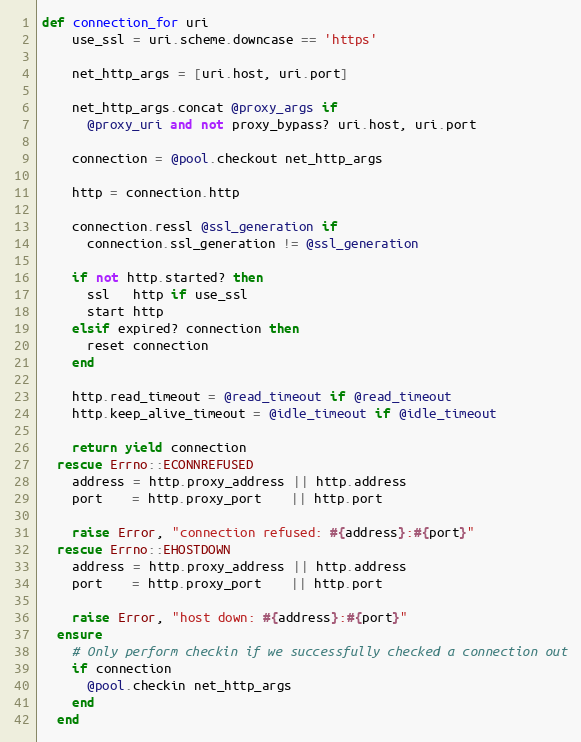
Language: Ruby
def connection_for uri
    use_ssl = uri.scheme.downcase == 'https'

    net_http_args = [uri.host, uri.port]

    net_http_args.concat @proxy_args if
      @proxy_uri and not proxy_bypass? uri.host, uri.port

    connection = @pool.checkout net_http_args

    http = connection.http

    connection.ressl @ssl_generation if
      connection.ssl_generation != @ssl_generation

    if not http.started? then
      ssl   http if use_ssl
      start http
    elsif expired? connection then
      reset connection
    end

    http.read_timeout = @read_timeout if @read_timeout
    http.keep_alive_timeout = @idle_timeout if @idle_timeout

    return yield connection
  rescue Errno::ECONNREFUSED
    address = http.proxy_address || http.address
    port    = http.proxy_port    || http.port

    raise Error, "connection refused: #{address}:#{port}"
  rescue Errno::EHOSTDOWN
    address = http.proxy_address || http.address
    port    = http.proxy_port    || http.port

    raise Error, "host down: #{address}:#{port}"
  ensure
    # Only perform checkin if we successfully checked a connection out
    if connection
      @pool.checkin net_http_args
    end
  end